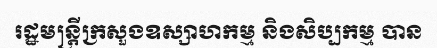
រដ្ឋមន្ត្រីក្រសួងឧស្សាហកម្ម និងសិប្បកម្ម បាន